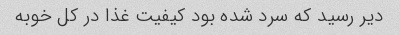
دیر رسید که سرد شده بود کیفیت غذا در کل خوبه